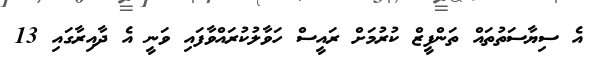
އެ ސިޔާސަތުތައް ތަންފީޒް ކުރުމަށް ރައީސް ހަވާލުކުރައްވާފައި ވަނީ އެ ދާއިރާގައި 13